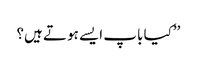
’’کیا باپ ایسے ہوتے ہیں؟